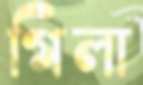
গিলা